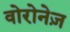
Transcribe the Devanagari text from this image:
वोरोनेज़